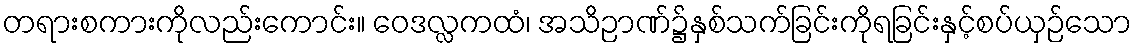
တရားစကားကိုလည်းကောင်း။ ဝေဒလ္လကထံ၊ အသိဉာဏ်၌နှစ်သက်ခြင်းကိုရခြင်းနှင့်စပ်ယှဉ်သော